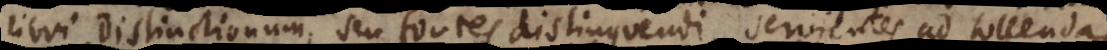
libri Distinctionum, seu fontes distinguendi, servientes ad tollendas